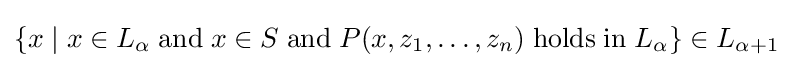
\{x\mid x\in L_{\alpha }\;\mathrm {and} \;x\in S\;\mathrm {and} \;P(x,z_{1},\ldots ,z_{n})\;\mathrm {holds} \;\mathrm {in} \;L_{\alpha }\}\in L_{\alpha +1}